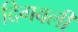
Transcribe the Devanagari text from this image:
दिगबली